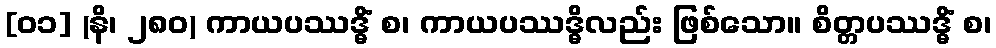
[၀၁] (နိ၊ ၂၈၀) ကာယပဿဒ္ဓိံ စ၊ ကာယပဿဒ္ဓိလည်း ဖြစ်သော။ စိတ္တပဿဒ္ဓိံ စ၊